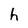
Character: h